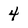
Character: 4